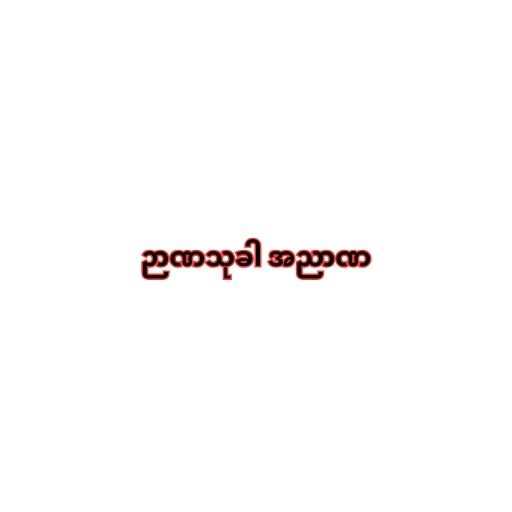
ဉာဏသုခါ အညာဏ